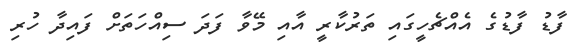
ފާޑު ފާޑުގެ އެެއްޗެހީގައި ތަރުކާރީ އާއި މޭވާ ފަދަ ސިއްހަތަށް ފައިދާ ހުރި